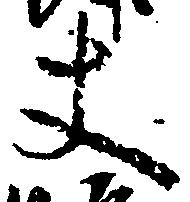
丈